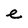
Character: e